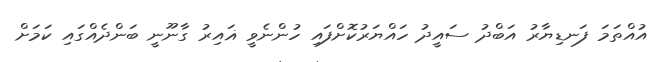
އުއްތަމަ ފަނޑިޔާރު އަބްދު ސައީދު ހައްޔަރުކޮށްފައި ހުންނެވީ ޣައިރު ގާނޫނީ ބަންދެއްގައި ކަމަށް